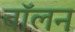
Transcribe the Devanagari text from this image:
वॉलन